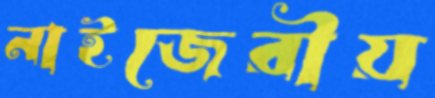
নাইজেরীয়